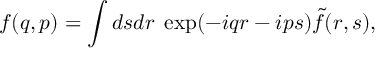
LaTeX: f ( q , p ) = \int d s d r \; \exp ( - i q r - i p s ) \tilde { f } ( r , s ) ,